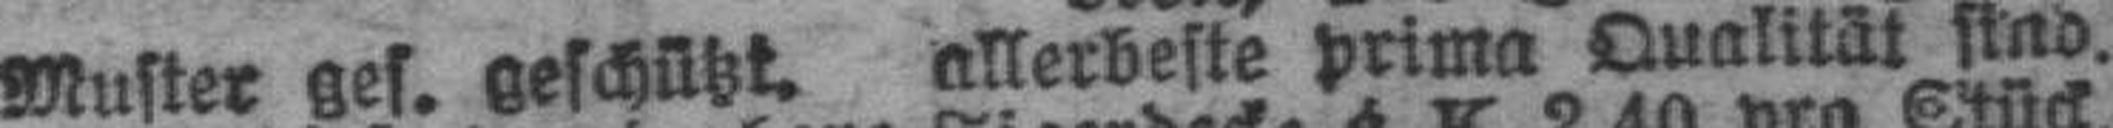
Muster ges. geschützt, allerbeste prima Qualität sind.